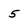
Character: 5